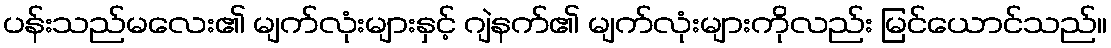
ပန်းသည်မလေး၏ မျက်လုံးများနှင့် ဂျဲနက်၏ မျက်လုံးများကိုလည်း မြင်ယောင်သည်။